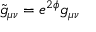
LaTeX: \tilde { g } _ { \mu \nu } = e ^ { 2 \phi } g _ { \mu \nu }